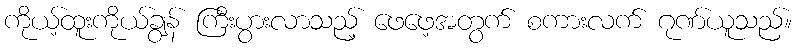
ကိုယ့်ထူးကိုယ်ချွန် ကြီးပွားလာသည့် ဖေဖေ့အတွက် စကားလက် ဂုဏ်ယူသည်။